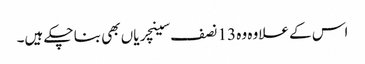
اس کے علاوہ وہ 13 نصف سینچریاں بھی بنا چکے ہیں۔